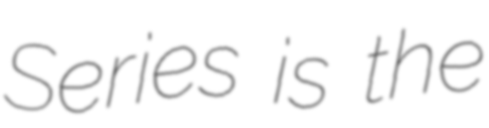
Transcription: Series is the